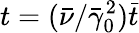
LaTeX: t=(\bar{\nu}/\bar{\gamma}_{0}^{2})\bar{t}